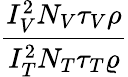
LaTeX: \frac{I_{V}^{2}N_{V}\tau_{V}\rho}{I_{T}^{2}N_{T}\tau_{T}\varrho}